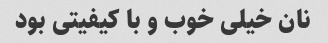
نان خیلی خوب و با کیفیتی بود